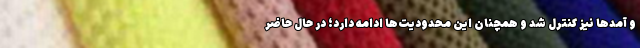
و آمدها نیز کنترل شد و همچنان این محدودیت‌ها ادامه دارد؛ در حال حاضر